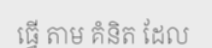
ធ្វើ តាម គំនិត ដែល